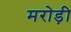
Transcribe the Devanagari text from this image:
मरोड़ी